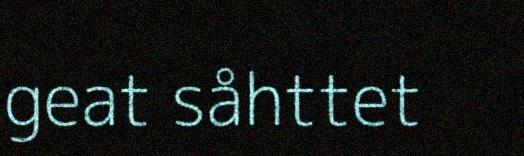
geat såhttet